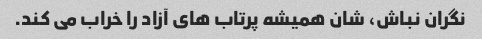
نگران نباش، شان همیشه پرتاب های آزاد را خراب می کند.